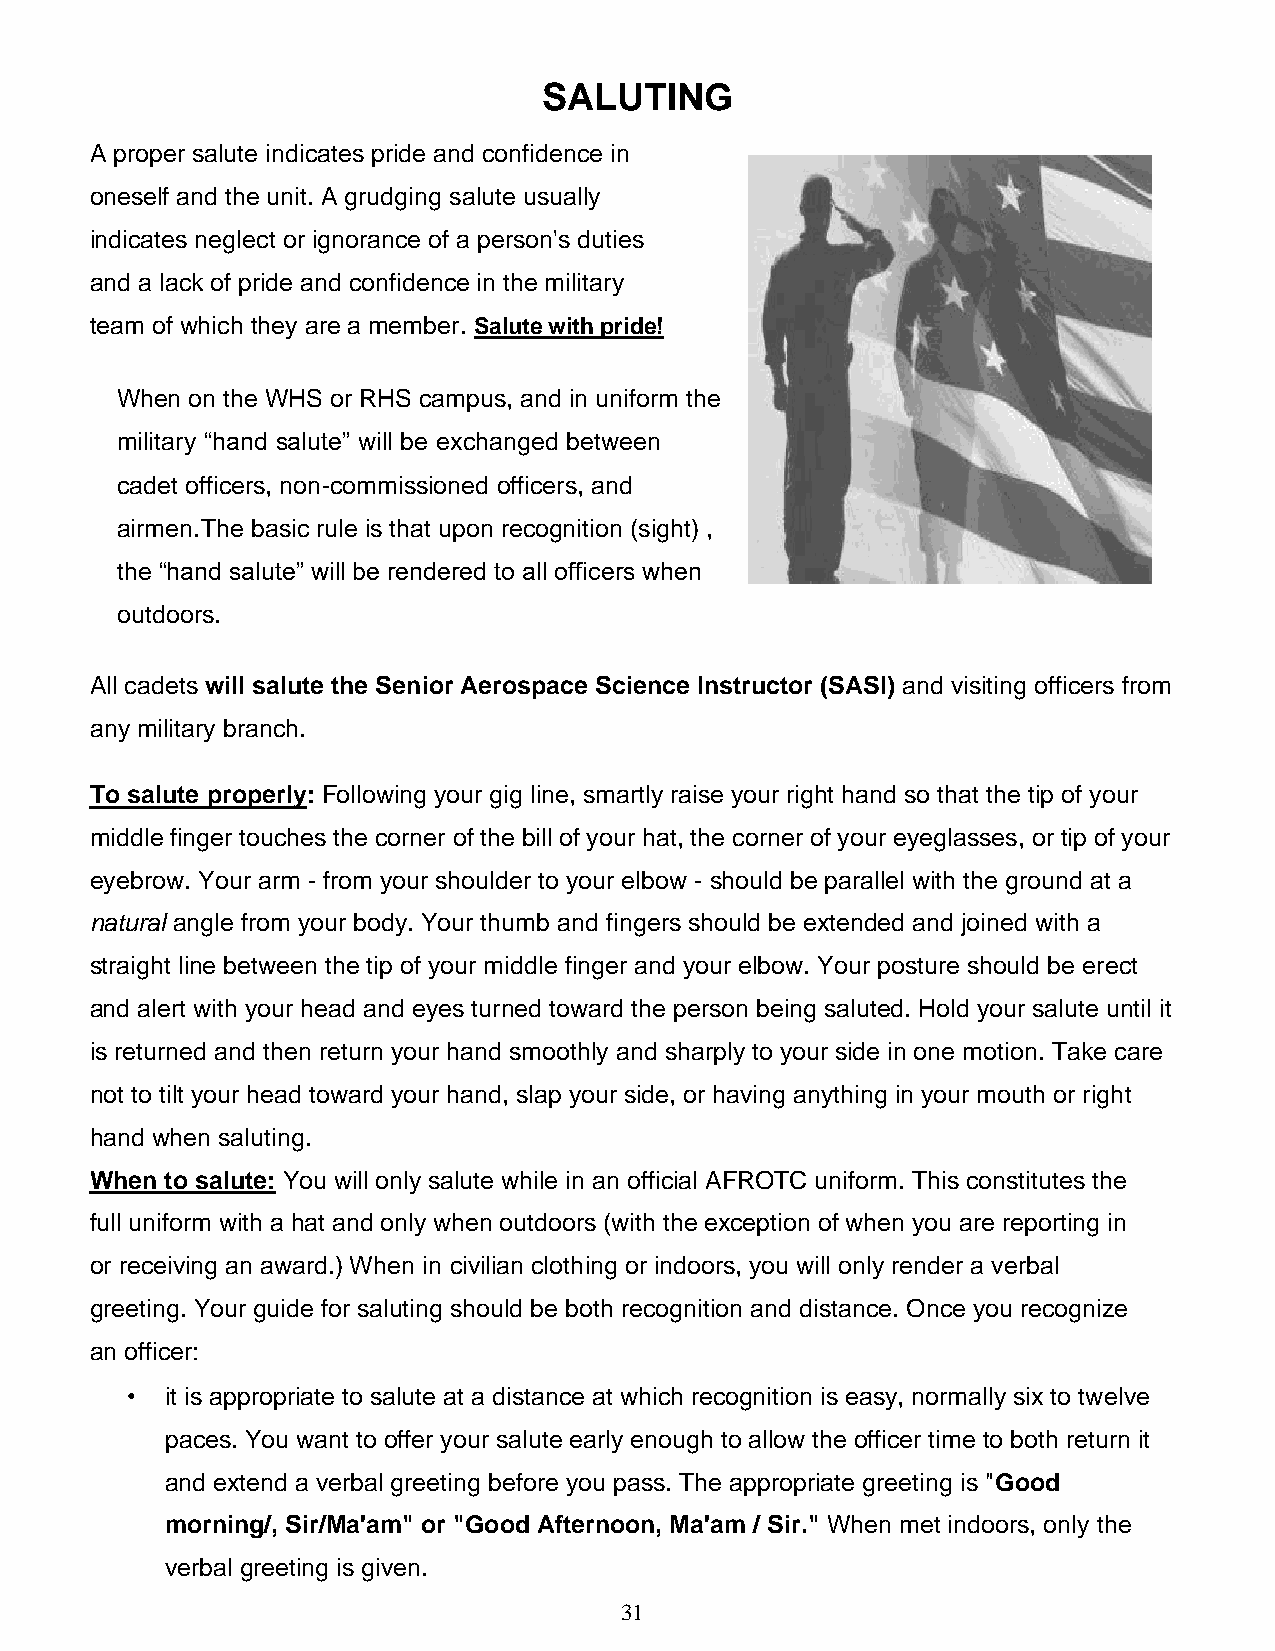
SALUTING
 A proper salute indicates pride and confidence in
 oneself and the unit. A grudging salute usually
 indicates neglect or ignorance of a person's duties
 and a lack of pride and confidence in the military
 team of which they are a member. Salute with pride!
 When on the WHS or RHS campus, and in uniform the
 military “hand salute” will be exchanged between
 cadet officers, non-commissioned officers, and
 airmen. The basic rule is that upon recognition (sight) ,
 the “hand salute” will be rendered to all officers when
 outdoors.
 All cadets will salute the Senior Aerospace Science Instructor (SASI) and visiting officers from
 any military branch.
 To salute properly: Following your gig line, smartly raise your right hand so that the tip of your
 middle finger touches the corner of the bill of your hat, the corner of your eyeglasses, or tip of your
 eyebrow. Your arm - from your shoulder to your elbow - should be parallel with the ground at a
 natural angle from your body. Your thumb and fingers should be extended and joined with a
 straight line between the tip of your middle finger and your elbow. Your posture should be erect
 and alert with your head and eyes turned toward the person being saluted. Hold your salute until it
 is returned and then return your hand smoothly and sharply to your side in one motion. Take care
 not to tilt your head toward your hand, slap your side, or having anything in your mouth or right
 hand when saluting.
 When to salute: You will only salute while in an official AFROTC uniform. This constitutes the
 full uniform with a hat and only when outdoors (with the exception of when you are reporting in
 or receiving an award.) When in civilian clothing or indoors, you will only render a verbal
 greeting. Your guide for saluting should be both recognition and distance. Once you recognize
 an officer:
 •  it is appropriate to salute at a distance at which recognition is easy, normally six to twelve
 paces. You want to offer your salute early enough to allow the officer time to both return it
 and extend a verbal greeting before you pass. The appropriate greeting is "Good
 morning/, Sir/Ma'am" or "Good Afternoon, Ma'am / Sir." When met indoors, only the
 verbal greeting is given.
 31